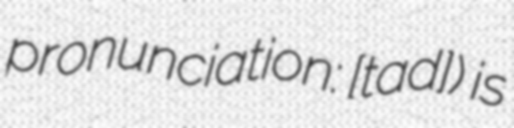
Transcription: pronunciation: ​[taʁd]) is